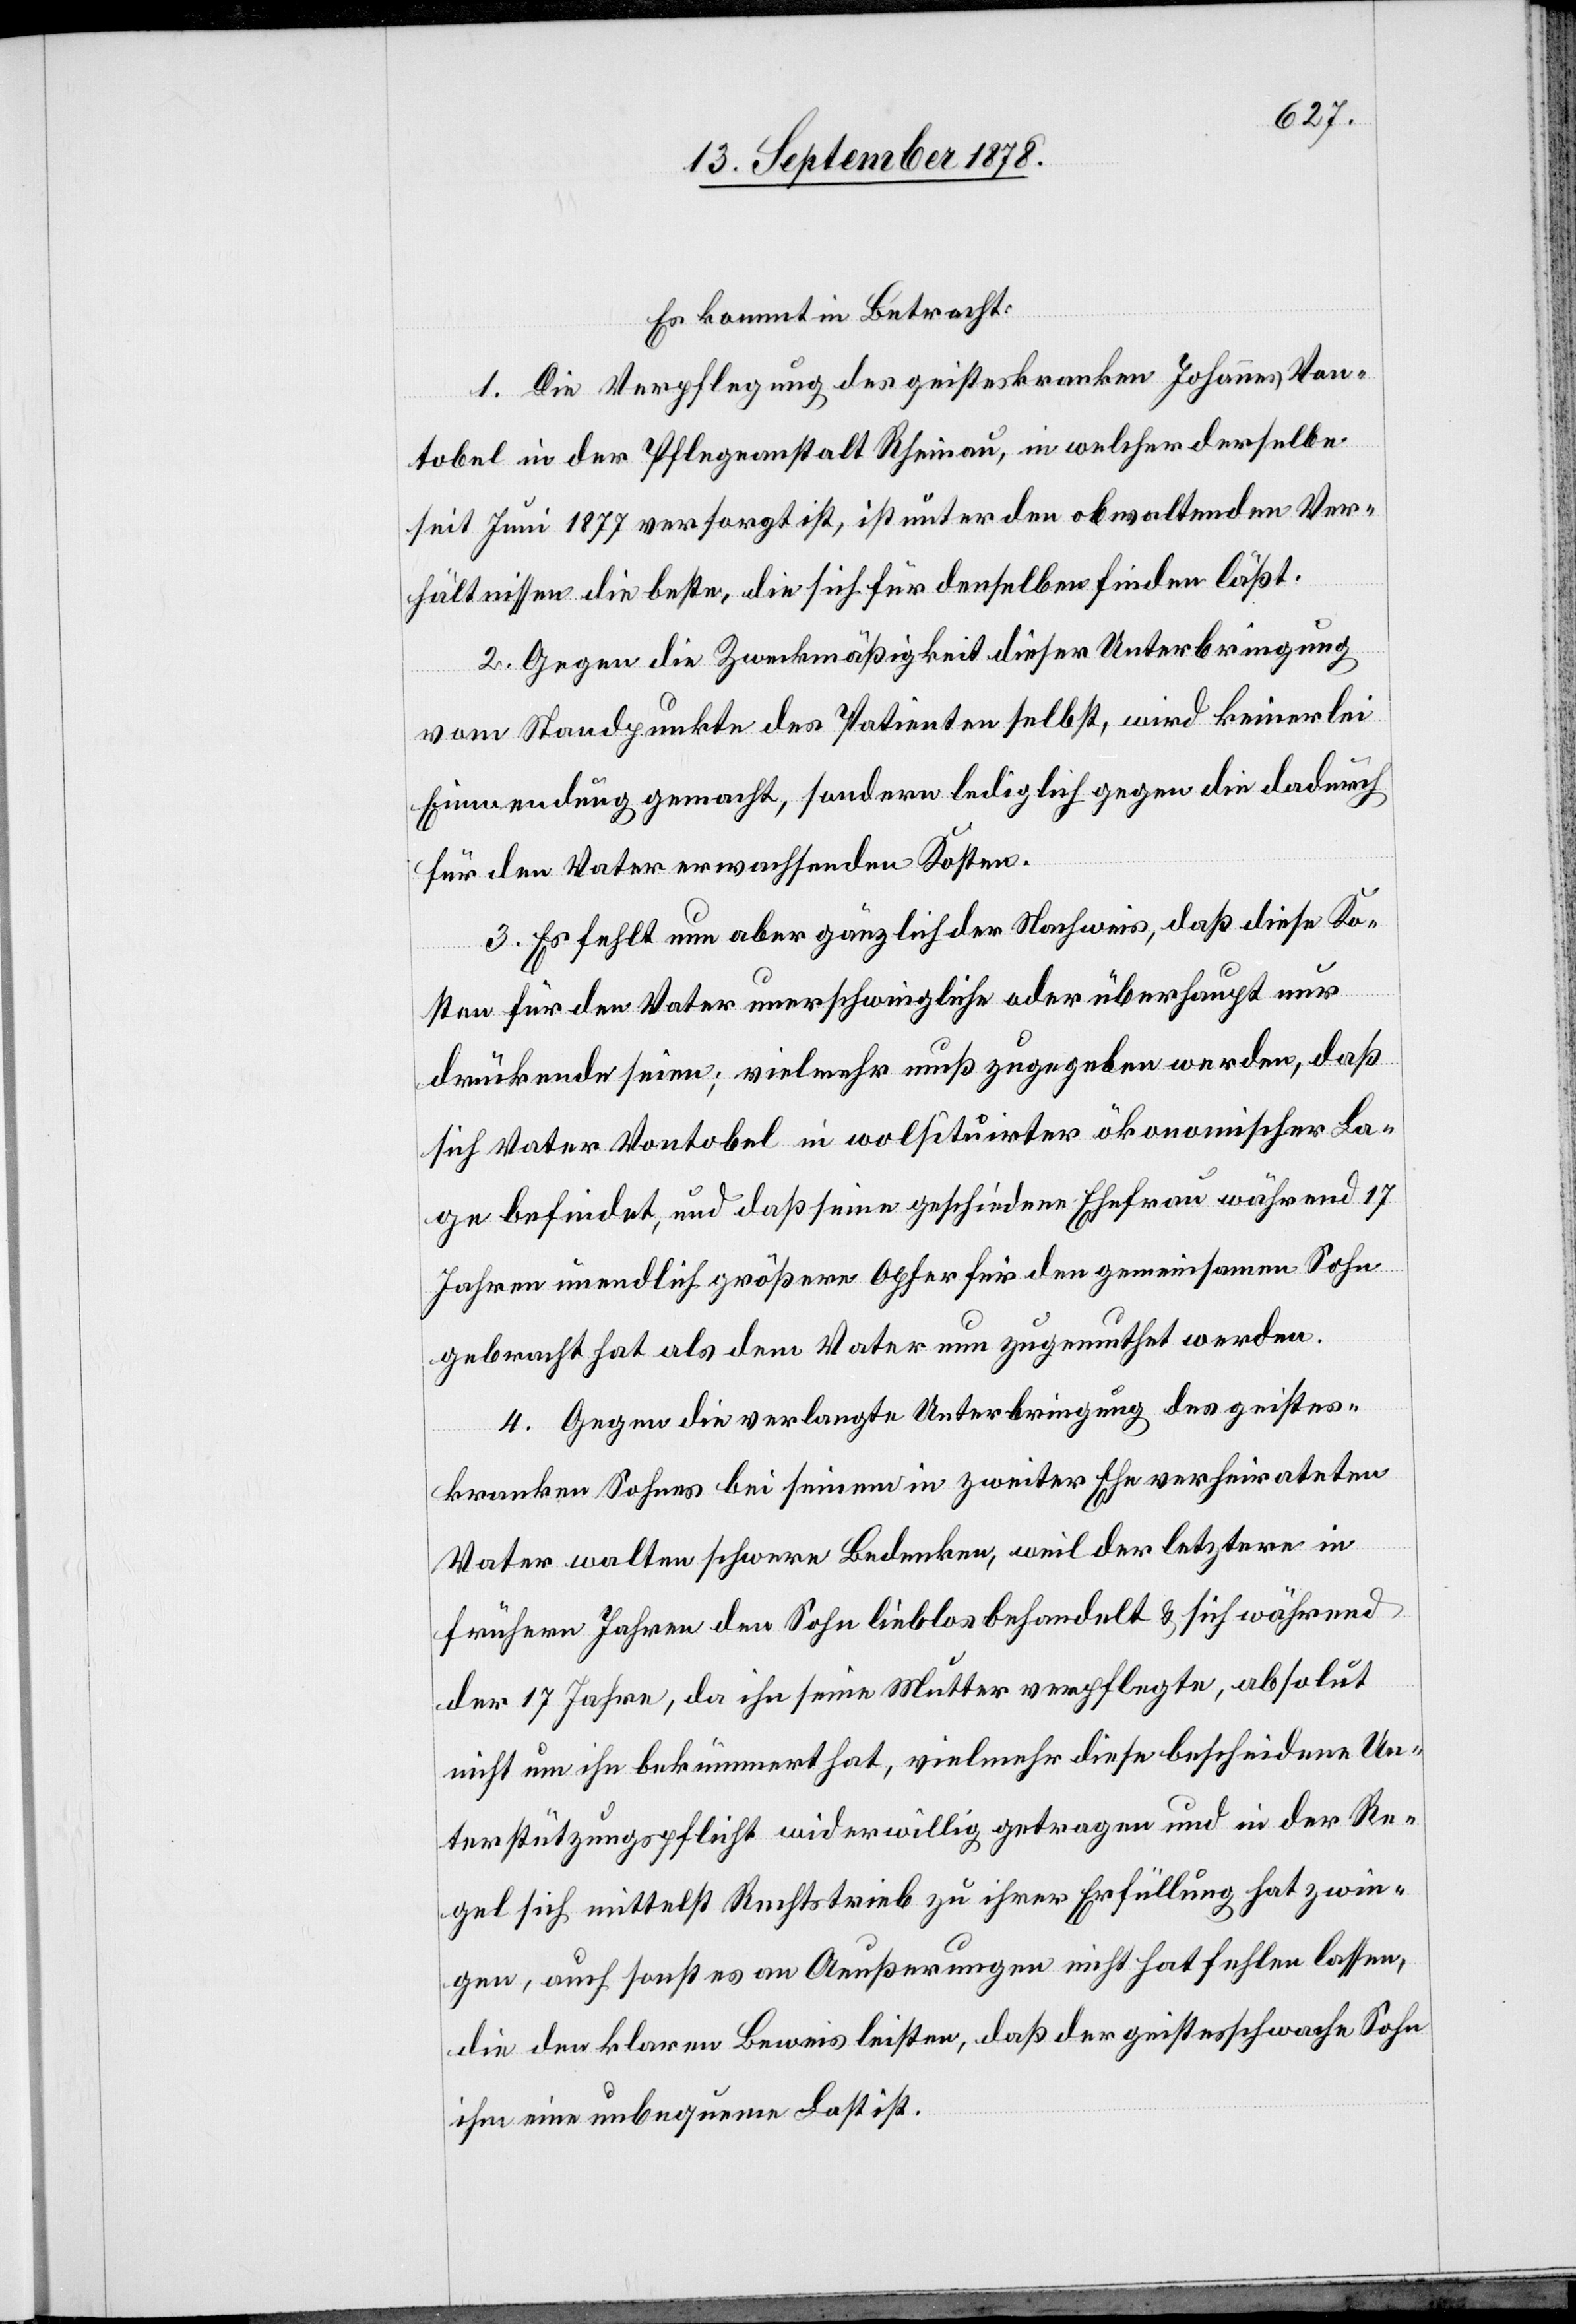
Es kommt in Betracht:
1. Die Verpflegung des geisteskranken Johannes Von¬
tobel in der Pflegeanstalt Rheinau, in welcher derselbe
seit Juni 1877 versorgt ist, ist unter den obwaltenden Ver¬
hältnissen die beste, die sich für denselben finden läßt.
2. Gegen die Zweckmäßigkeit dieser Unterbringung
vom Standpunkte des Patienten selbst, wird keinerlei
Einwendung gemacht, sondern lediglich gegen die dadurch
für den Vater erwachsenden Kosten.
3. Es fehlt nun aber gänzlich der Nachweis, daß diese Ko¬
sten für den Vater unerschwingliche oder überhaupt nur
drückende seien; vielmehr muß zugegeben werden, daß
sich Vater Vontobel in wolsituirter ökonomischer La¬
ge befindet, und daß seine geschiedene Ehefrau während 17
Jahren unendlich größere Opfer für den gemeinsamen Sohn
gebracht hat als dem Vater nun zugemuthet werden.
4. Gegen die verlangte Unterbringung des geistes¬
kranken Sohnes bei seinem in zweiter Ehe verheirateten
Vater walten schwere Bedenken, weil der letztere in
frühern Jahren den Sohn lieblos behandelt & sich während
der 17 Jahre, da ihn seine Mutter verpflegte, absolut
nicht um ihn bekümmert hat, vielmehr diese bescheidene Un¬
terstützungspflicht widerwillig getragen und in der Re¬
gel sich mittelst Rechtstrieb zu ihrer Erfüllung hat zwin¬
gen, auch sonst es an Aueßerungen nicht hat fehlen lassen,
die den klaren Beweis leisten, daß der geistesschwache Sohne
ihm eine unbequeme Last ist.